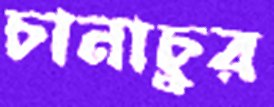
চানাচুর